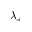
\lambda _ { + }